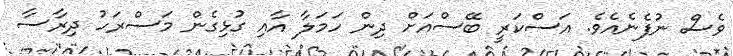
ވެސް ނުފެނެއެވެ. އަސްކަރީ ބޭސްއަށް ދިން ހަމަލާ އާއި ގުޅިގެން މަސްރަހު ދިރާސާ